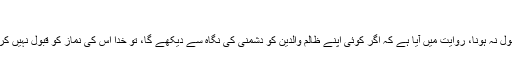
[13]
نماز قبول نہ ہونا، روایت میں آیا ہے کہ اگر کوئی اپنے ظالم والدین کو دشمنی کی نگاہ سے دیکھے گا، تو خدا اس کی نماز کو قبول نہیں کرے گا۔